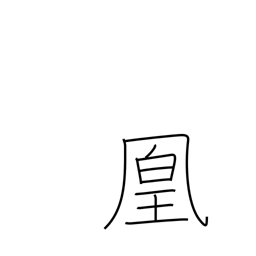
Meaning: female phoenix bird